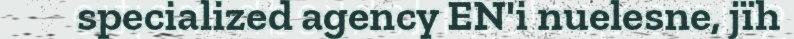
specialized agency EN'i nuelesne, jïh